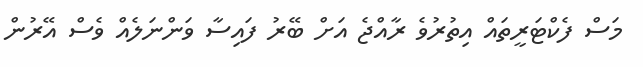
މަސް ފެކްޓަރީތައް އިތުރުވެ ރާއްޖެ އަށް ބޭރު ފައިސާ ވަންނަލެއް ވެސް އޭރުން